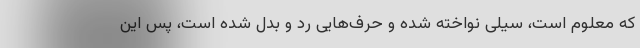
که معلوم است، سیلی نواخته شده و حرف‌هایی رد و بدل شده است، پس این